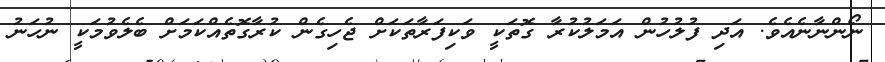
ނޯންނާނެއެވެ. އަދި ފުލުހުން އަމަލުކުރާ ގޮތަކީ ވަކިފަރާތަކަށް ޖެހިގެން ކުރާގޮތެއްކަމަށް ބެލެވުމަކީ ނުހަނު